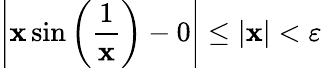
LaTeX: \left|\mathbf{x}\sin{\left({\frac{{1}}{{\mathbf{x}}}}\right)}-0\right|\leq|\mathbf{x}|<\varepsilon